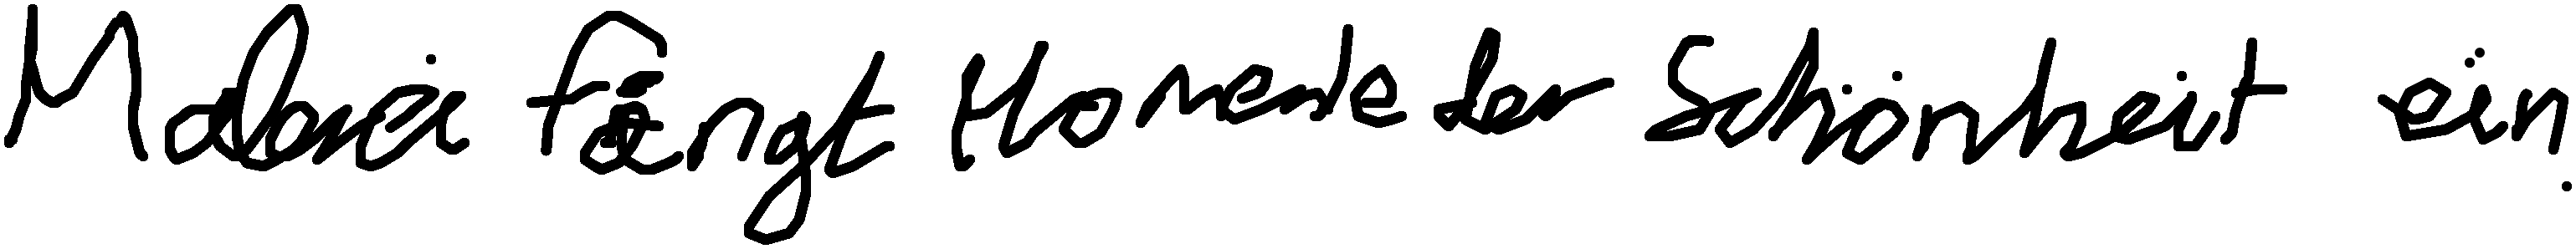
Malerei fängt Momente der Schönheit ein.